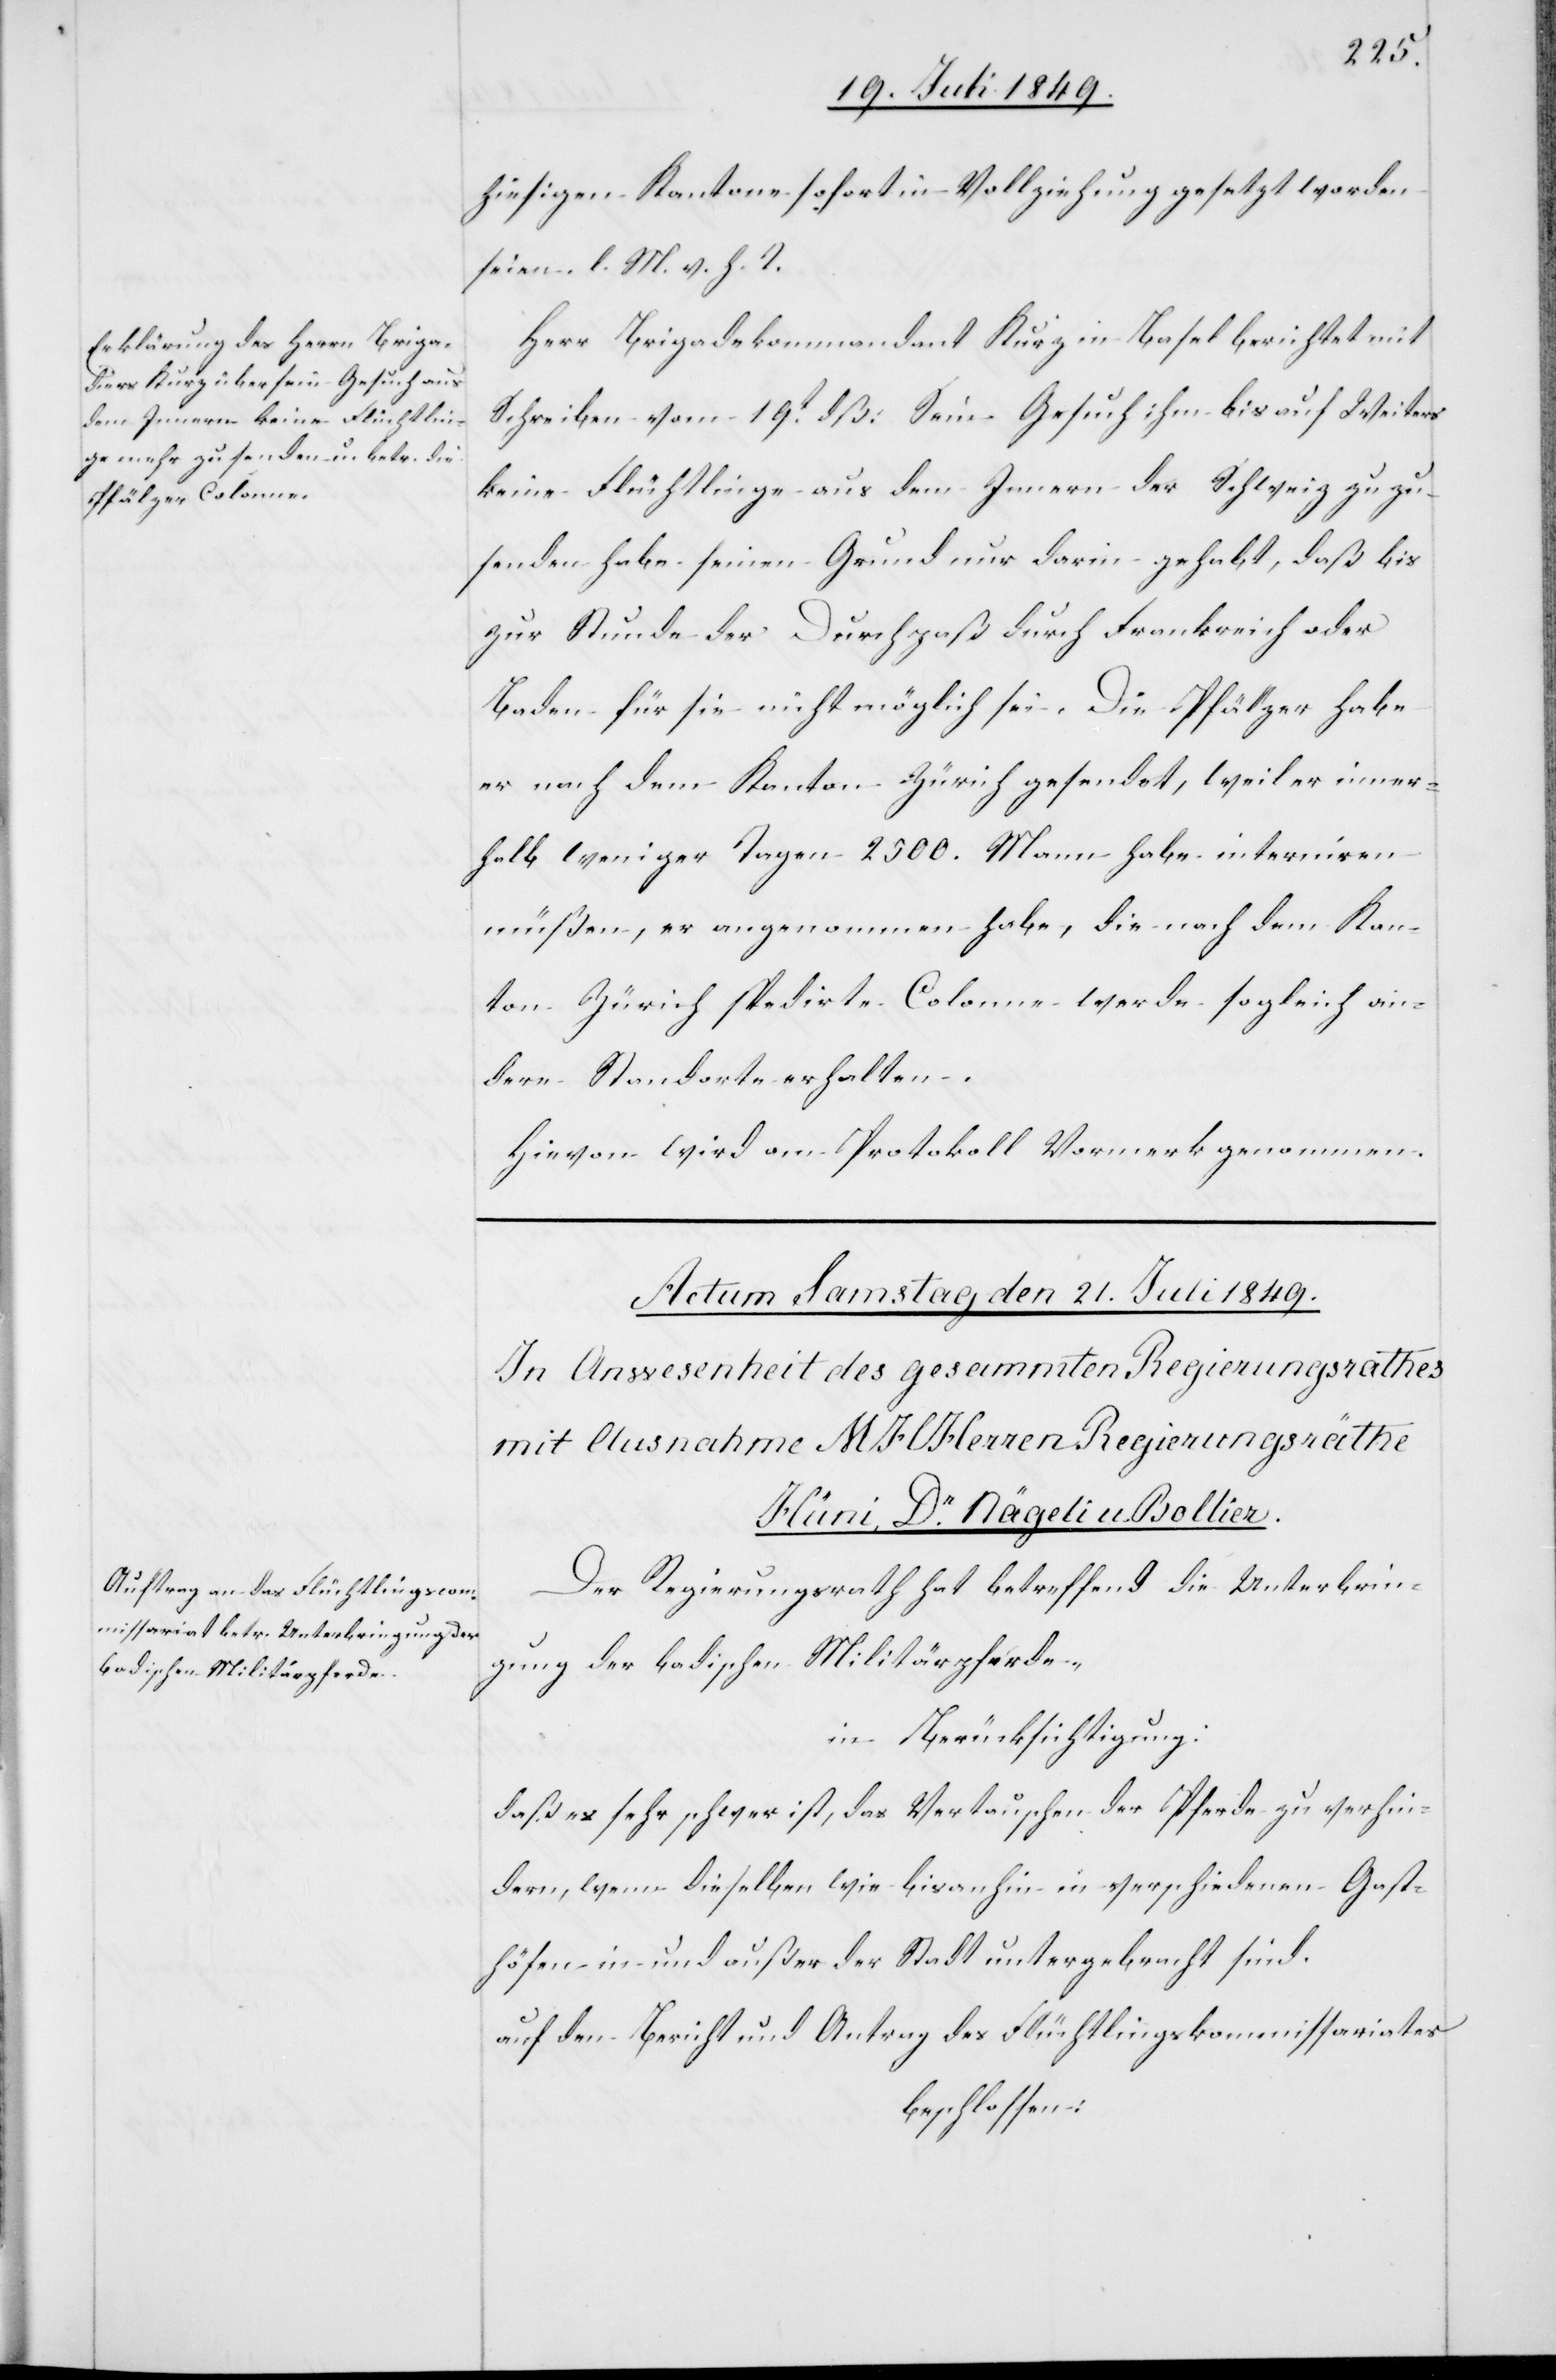
20. Juli 1849.]
hiesigen Kantone sofort in Vollziehung gesetzt worden
seien. l. M. v. h. T.
Herr Brigadekommandant Kurz in Basel berichtet mit
Schreiben vom 19t dß. Sein Gesuch ihm bis auf Weiteres
keine Flüchtlinge aus dem Innern der Schweiz zuzu¬
senden habe seinen Grund nur darin gehabt, daß bis
zur Stunde der Durchpaß durch Frankreich oder
Baden für sie nicht möglich sei. Die Pfälzer habe
er nach dem Kanton Zürich gesendet, weil er inner¬
halb weniger Tagen 2500. Mann habe interniren
müßen, er angenommen habe, die nach dem Kan¬
ton Zürich spedirte Colonne werde sogleich an¬
dere Standorte erhalten.
Hievon wird am Protokolle Vormerk genommen.
Der Regierungsrath hat betreffend die Unterbrin¬
gung der badischen Militärpferde,
in Berücksichtigung:
daß es sehr schwer ist, das Vertauschen der Pferde zu verhin¬
dern, wenn dieselben wie bisanhin in verschiedenen Gast¬
höfen in und außer der Stadt untergebracht sind.
auf den Bericht und Antrag des Flüchtlingskommissariates
beschlossen: